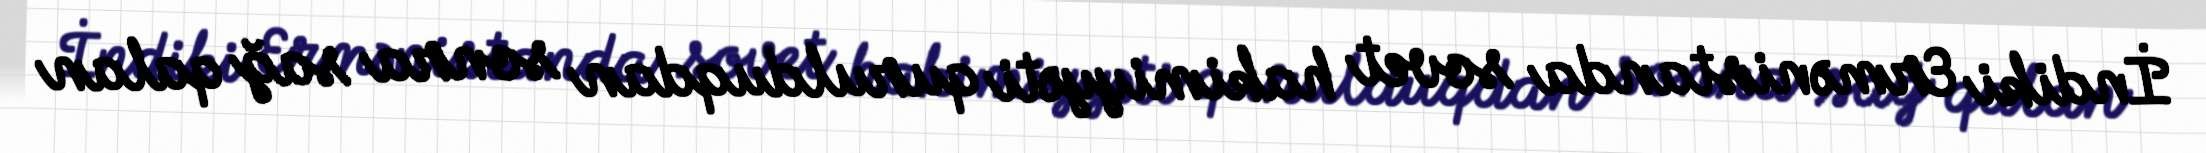
İndiki Ermənistanda sovet hakimiyyəti qurulduqdan sonra sağ qalan